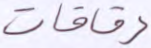
رقاقات